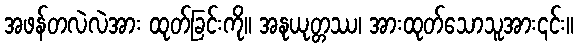
အဖန်တလဲလဲအား ထုတ်ခြင်းကို။ အနုယုတ္တဿ၊ အားထုတ်သောသူအား၎င်း။